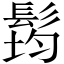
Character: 𲌜